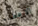
الاعضاء